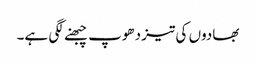
بھادوں کی تیز دھوپ چبھنے لگی ہے۔